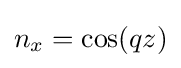
n_{x}=\cos(qz)